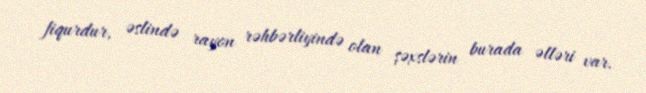
fiqurdur, əslində rayon rəhbərliyində olan şəxslərin burada əlləri var.